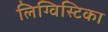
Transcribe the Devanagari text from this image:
लिग्विस्टिका